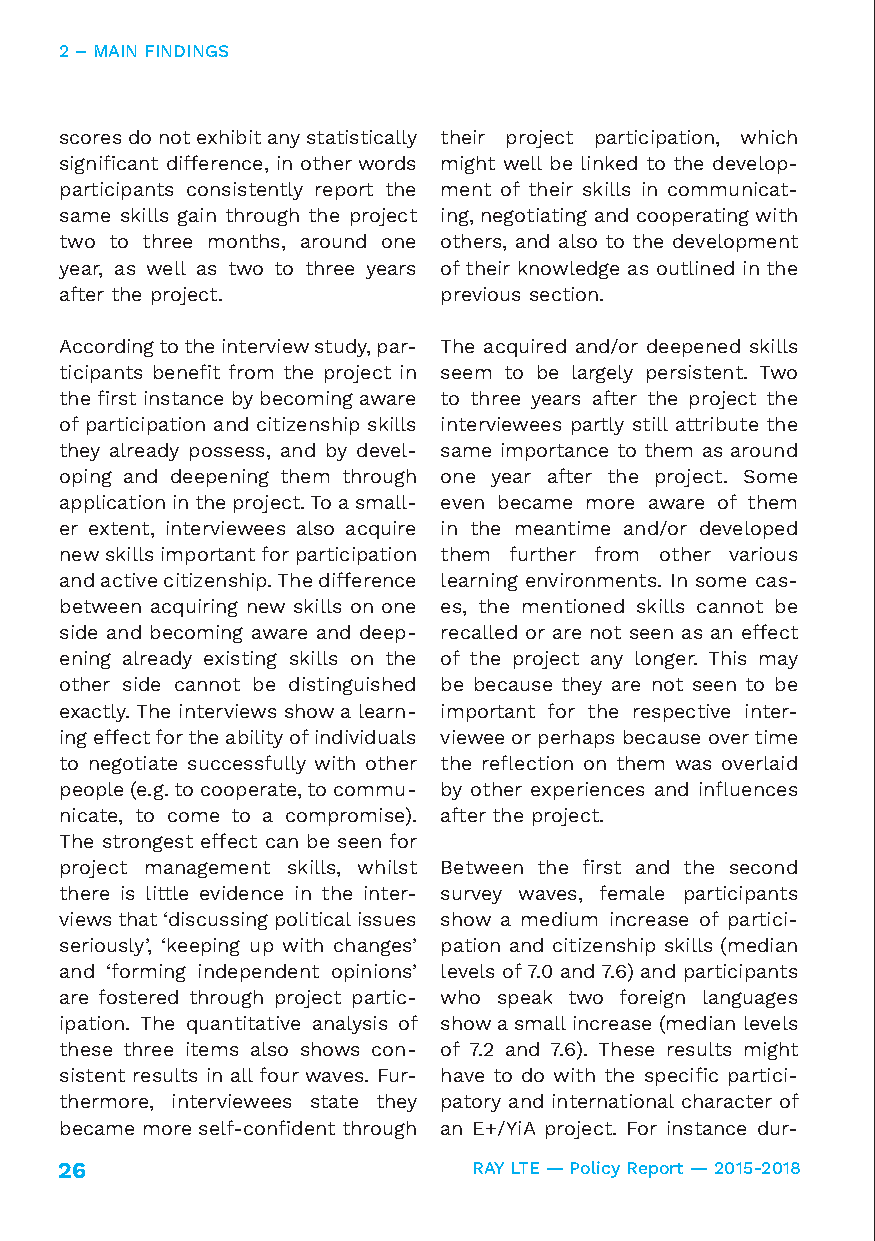
2 – MAIN FINDINGS
 scores do not exhibit any statistically their project participation, which
 significant difference, in other words might well be linked to the develop-
 participants consistently report the ment of their skills in communicat-
 same skills gain through the project ing, negotiating and cooperating with
 two to three months, around one others, and also to the development
 year, as well as two to three years of their knowledge as outlined in the
 after the project.       previous section.
 According to the interview study, par- The acquired and/or deepened skills
 ticipants benefit from the project in seem to be largely persistent. Two
 the first instance by becoming aware to three years after the project the
 of participation and citizenship skills interviewees partly still attribute the
 they already possess, and by devel- same importance to them as around
 oping and deepening them through one year after the project. Some
 application in the project. To a small- even became more aware of them
 er extent, interviewees also acquire in the meantime and/or developed
 new skills important for participation them further from other various
 and active citizenship. The difference learning environments. In some cas-
 between acquiring new skills on one es, the mentioned skills cannot be
 side and becoming aware and deep- recalled or are not seen as an effect
 ening already existing skills on the of the project any longer. This may
 other side cannot be distinguished be because they are not seen to be
 exactly. The interviews show a learn- important for the respective inter-
 ing effect for the ability of individuals viewee or perhaps because over time
 to negotiate successfully with other the reflection on them was overlaid
 people (e.g. to cooperate, to commu- by other experiences and influences
 nicate, to come to a compromise). after the project.
 The strongest effect can be seen for
 project management skills, whilst Between the first and the second
 there is little evidence in the inter- survey waves, female participants
 views that ‘discussing political issues show a medium increase of partici-
 seriously’, ‘keeping up with changes’ pation and citizenship skills (median
 and ‘forming independent opinions’ levels of 7.0 and 7.6) and participants
 are fostered through project partic- who speak two foreign languages
 ipation. The quantitative analysis of show a small increase (median levels
 these three items also shows con- of 7.2 and 7.6). These results might
 sistent results in all four waves. Fur- have to do with the specific partici-
 thermore, interviewees state they patory and international character of
 became more self-confident through an E+/YiA project. For instance dur-
 26                         RAY LTE — Policy Report — 2015-2018